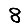
Digit: 8